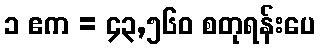
၁ ဧက = ၄၃,၅၆၀ စတုရန်းပေ